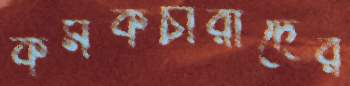
কর্মকচারীদের